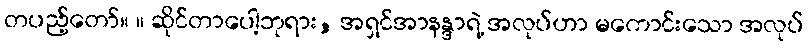
တပည့်တော်။ ။ ဆိုင်တာပေါ့ဘုရား, အရှင်အာနန္ဒာရဲ့ အလုပ်ဟာ မကောင်းသော အလုပ်